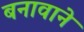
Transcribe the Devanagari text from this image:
बनावाने